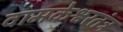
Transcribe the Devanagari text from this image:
वामकेश्वरतंत्र